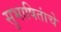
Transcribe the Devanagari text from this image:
सुभाषितांचे